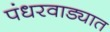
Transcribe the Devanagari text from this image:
पंधरवाड्यात